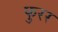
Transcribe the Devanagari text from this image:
फुरर